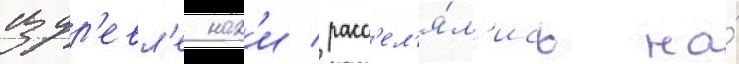
издр'евл'е нах'и расс'ел'я́л'ись на́